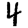
Digit: 4